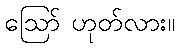
ဪ ဟုတ်လား။